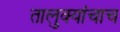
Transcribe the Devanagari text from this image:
तालुक्यांचाच